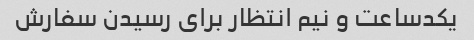
یکدساعت و نیم انتظار برای رسیدن سفارش